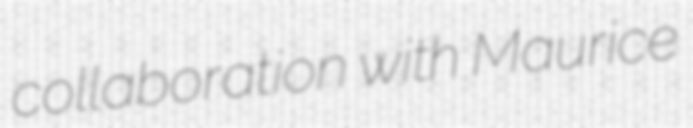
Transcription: collaboration with Maurice